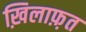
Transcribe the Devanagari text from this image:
ख़िलाफ़़त